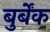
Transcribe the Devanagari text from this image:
बुर्बेंक